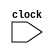
module v1 (
    input clock
);
    always @(clock) begin
        $display("v1 clock value: %d", clock);
    end

endmodule // v1